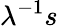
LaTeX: \lambda^{-1}s